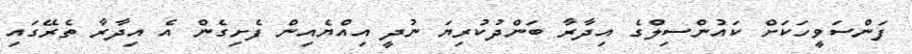
ފަންސަވީހަކަށް ކައުންސިލްގެ އިދާރާ ބަންދުކުރިޔަ ނުދީ އިއްޔެއިން ފެށިގެން އެ އިދާރާ ތެރޭގައި